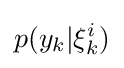
p(y_{k}|\xi _{k}^{i})